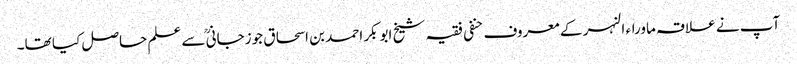
آپ نے علاقہ ماوراء النہر کے معروف حنفی فقیہ شیخ ابوبکر احمد بن اسحاق جوزجانی ؒسے علم حاصل کیا تھا۔